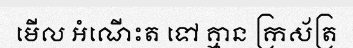
មើល អំណើះត ទៅ គ្មាន ក្រស័ត្រ